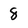
Character: 8